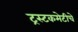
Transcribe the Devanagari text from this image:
ट्रस्टकमेटीचे